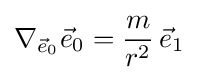
\nabla _{{\vec {e}}_{0}}{\vec {e}}_{0}={\frac {m}{r^{2}}}\,{\vec {e}}_{1}